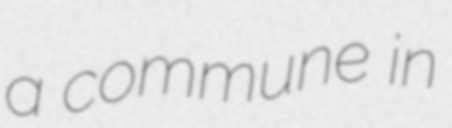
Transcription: a commune in